Annual report of the Punjab Veterinary College and of the Civil Veterinary Department, Punjab - 1920-1925
Year: 1920
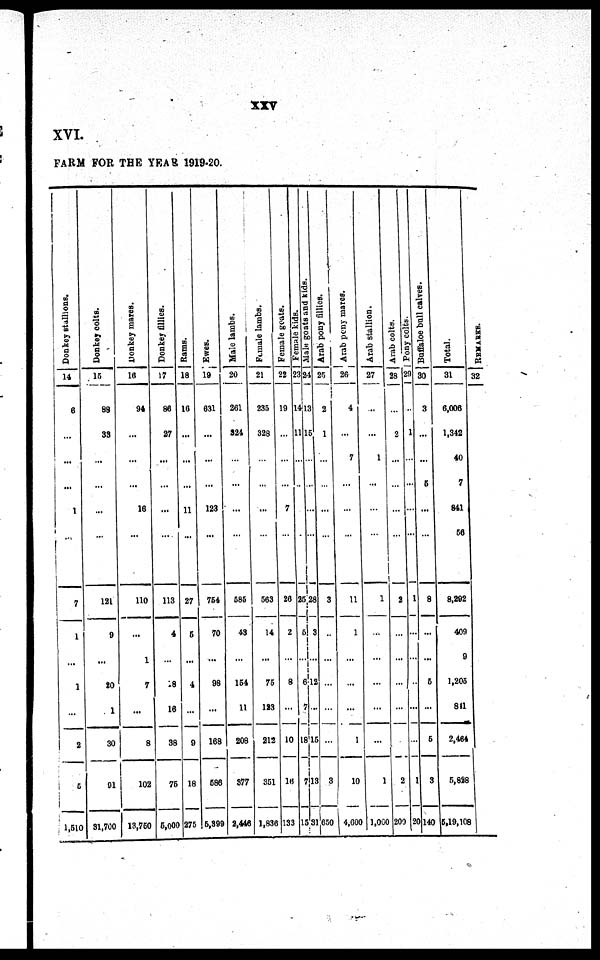
xxv
XVI.
FARM FOR THE YEAR 1919-20.
Donkey stallions.
14
6
...
...
...
1
...
7
1
...
1
...
2
5
1, 510
Donkey colts.
15
88
33
...
...
...
...
121
0
...
20
1
30
91
31, 700
Donkey mares.
16
94
...
...
...
16
...
110
...
1
7
...
8
102
13, 750
Donkey fillies.
17
86
27
...
...
...
...
113
4
...
18
16
38
76
5,000
Rams.
18
16
...
...
...
11
...
27
5
...
4
...
9
18
275
Ewes.
19
631
...
...
...
123
...
754
70
...
98
...
168
586
5,399
Male lambs.
20
261
324
...
...
...
...
585
43
...
154
11
208
377
2, 446
Female lambs.
21
235
328
...
...
...
...
563
14
...
76
123
212
351
1, 836
Female goats.
22
19
...
...
...
7
...
26
2
...
8
...
Female kids.
23
14
11
...
25
5
10
16
133
Male goats and kids.
24
13
15
...
...
28
5
6
7
18
7
15
Arab pony fillies.
25
2
1
...
...
...
...
3
3 ..
2 ...
15 ...
13 3
31 650
Arab pony mares.
26
4
...
7
...
...
...
11
1
...
...
1
10
4, 600
Arab stallions
27
...
...
1
...
...
...
1
...
...
1
1, 000
Arab colts.
28
...
2
...
...
...
...
Pony colts.
29
1
...
...
2
...
...
...
2
200
Buffaloe bull calves.
30
...
...
1
...
1
20
3
...
...
5
...
...
8
...
...
5
...
5
8
140
Total
31
6, 006
1, 342
40
7
841
56
8, 292
409
9
1, 205
841
2, 464
5, 828
6, 19, 108
REMARKS.
32
|
9